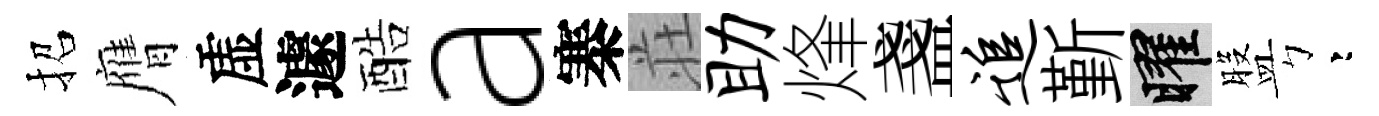
招膺虚遽酷a寨荘助烽盞追斳曜盤彎